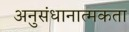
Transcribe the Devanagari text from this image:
अनुसंधानात्मकता